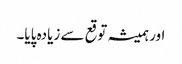
اور ہمیشہ توقع سے زیادہ پایا۔